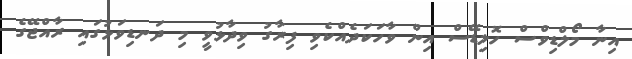
އިނާ މޯލްޑިވްސް ހޮލިޑޭސް އިން ވާހަކަދެއްކެވި ފިރާގު ވިދާޅުވީ މި ދަނޑިވަޅުގައި ރާއްޖޭގެ